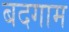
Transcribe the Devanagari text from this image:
बदगाम